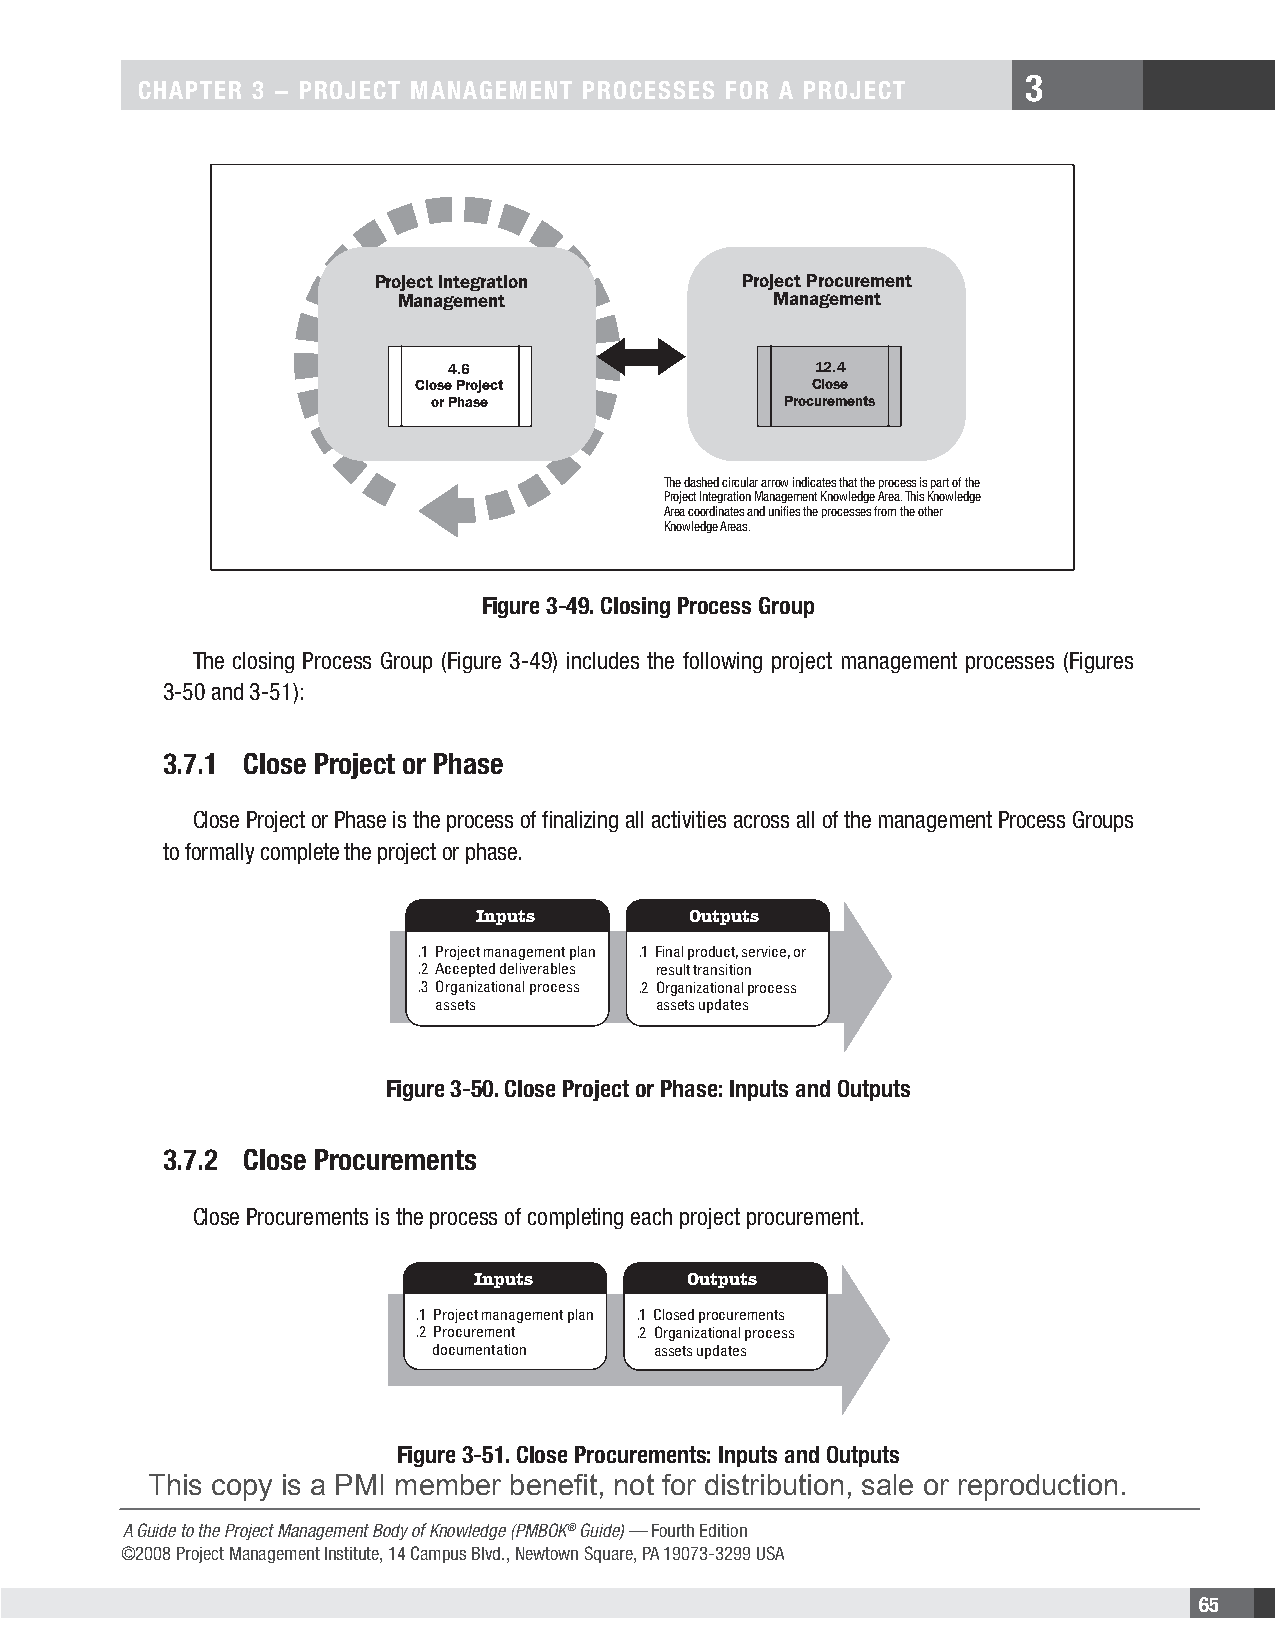
3
 CHAPTER 3 − PROJECT MANAGEMENT PROCESSES FOR A PROJECT
 Project Integration     Project Procurement
 Management               Management
 4.6                     12.4
 Close Project             Close
 or Phase               Procurements
 The dashed circular arrow indicates that the process is part of the
 Project Integration Management Knowledge Area. This Knowledge
 Area coordinates and unifies the processes from the other
 Knowledge Areas.
 Figure 3-49. Closing Process Group
 The closing Process Group (Figure 3-49) includes the following project management processes (Figures
 3-50 and 3-51):
 3.7.1 Close Project or Phase
 Close Project or Phase is the process of finalizing all activities across all of the management Process Groups
 to formally complete the project or phase.
 Inputs        Outputs
 .1 Project management plan .1 Final product, service, or
 .2 Accepted deliverables result transition
 .3 Organizational process .2 Organizational process
 assets         assets updates
 Figure 3-50. Close Project or Phase: Inputs and Outputs
 3.7.2 Close Procurements
 Close Procurements is the process of completing each project procurement.
 Inputs        Outputs
 .1 Project management plan .1 Closed procurements
 .2 Procurement .2 Organizational process
 documentation assets updates
 Figure 3-51. Close Procurements: Inputs and Outputs
 This copy is a PMI member benefit, not for distribution, sale or reproduction.
 A Guide to the Project Management Body of Knowledge (PMBOK® Guide) — Fourth Edition
 ©2008 Project Management Institute, 14 Campus Blvd., Newtown Square, PA 19073-3299 USA
 65